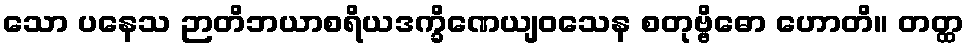
သော ပနေသ ဉာတိဘယာစရိယဒက္ခိဏေယျဝသေန စတုဗ္ဗိဓော ဟောတိ။ တတ္ထ